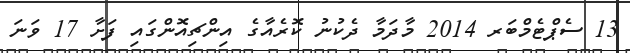
13 ސެޕްޓެމްބަރ 2014 މާދަމާ ދެކުނު ކޮރެއާގެ އިންޗިއޮންގައި ފަށާ 17 ވަނަ